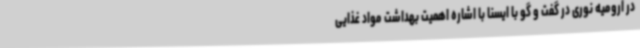
در ارومیه نوری در گفت و گو با ایسنا با اشاره اهمیت بهداشت مواد غذایی